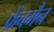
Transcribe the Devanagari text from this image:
फ्रेंचमैन